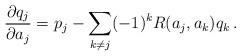
LaTeX: \begin{align*}{\partial q_j\over \partial a_j} = p_j - \sum_{k\neq j} (-1)^kR(a_j,a_k) q_k \, .\end{align*}